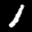
Label: 1